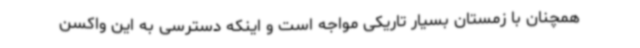
همچنان با زمستان بسیار تاریکی مواجه است و اینکه دسترسی به این واکسن